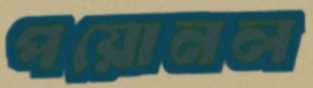
পয়োনল